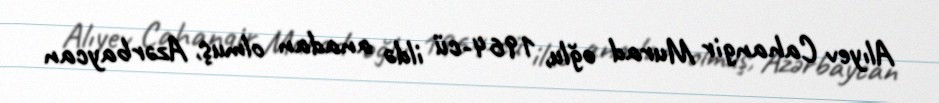
Alıyev Cahangir Murad oğlu, 1964-cü ildə anadan olmuş, Azərbaycan